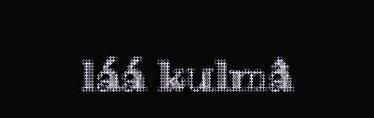
láá kulmâ